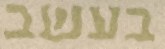
בעשב